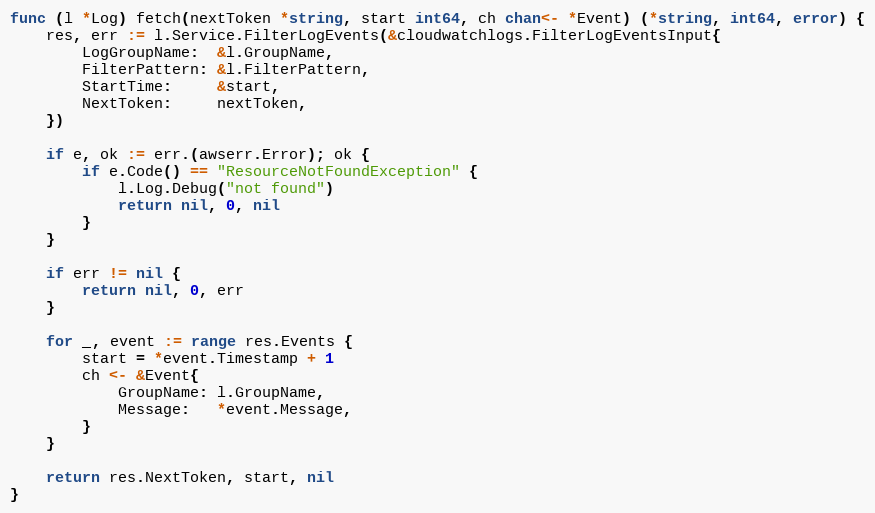
Language: Go
func (l *Log) fetch(nextToken *string, start int64, ch chan<- *Event) (*string, int64, error) {
	res, err := l.Service.FilterLogEvents(&cloudwatchlogs.FilterLogEventsInput{
		LogGroupName:  &l.GroupName,
		FilterPattern: &l.FilterPattern,
		StartTime:     &start,
		NextToken:     nextToken,
	})

	if e, ok := err.(awserr.Error); ok {
		if e.Code() == "ResourceNotFoundException" {
			l.Log.Debug("not found")
			return nil, 0, nil
		}
	}

	if err != nil {
		return nil, 0, err
	}

	for _, event := range res.Events {
		start = *event.Timestamp + 1
		ch <- &Event{
			GroupName: l.GroupName,
			Message:   *event.Message,
		}
	}

	return res.NextToken, start, nil
}